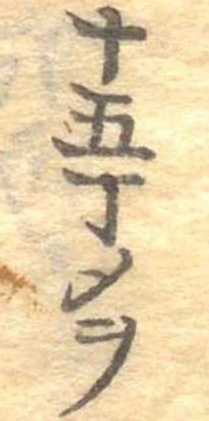
十五丁メヲ